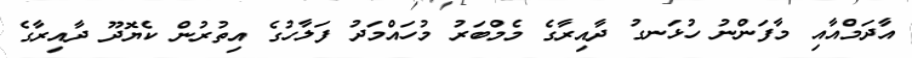
އާދަމްއާއި މާފަންނު ހުޅަނގު ދާއިރާގެ މެމްބަރު މުހައްމަދު ފަލާހުގެ އިތުރުން ކެޔޮދޫ ދާއިރާގެ